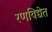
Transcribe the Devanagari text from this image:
रणविद्येत